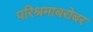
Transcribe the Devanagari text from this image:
परिश्रमाबरोबर